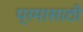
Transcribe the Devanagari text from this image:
प्रमासाठी